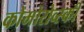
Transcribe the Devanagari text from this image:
कोमोरोव्स्की